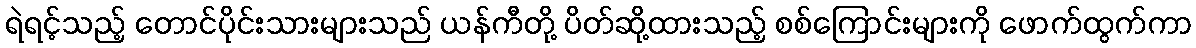
ရဲရင့်သည့် တောင်ပိုင်းသားများသည် ယန်ကီတို့ ပိတ်ဆို့ထားသည့် စစ်ကြောင်းများကို ဖောက်ထွက်ကာ